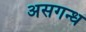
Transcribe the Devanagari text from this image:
असगन्ध